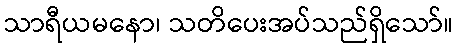
သာရီယမနော၊ သတိပေးအပ်သည်ရှိသော်။